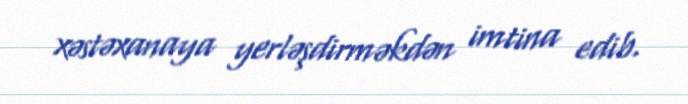
xəstəxanaya yerləşdirməkdən imtina edib.